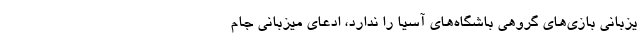
یزبانی بازی‌های گروهی باشگاه‌های آسیا را ندارد، ادعای میزبانی جام